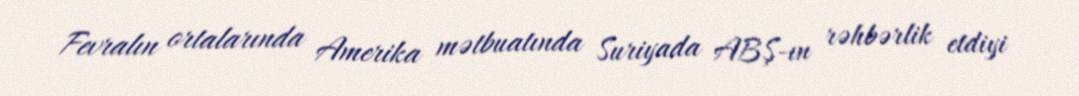
Fevralın ortalarında Amerika mətbuatında Suriyada ABŞ-ın rəhbərlik etdiyi